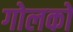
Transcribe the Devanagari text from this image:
गोलकों